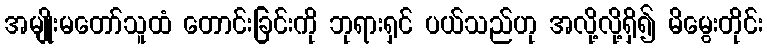
အမျိုးမတော်သူထံ တောင်းခြင်းကို ဘုရားရှင် ပယ်သည်ဟု အလို့လို့ရှိ၍ မိမွေးတိုင်း